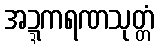
အဍ္ဍကရဏသုတ္တံ